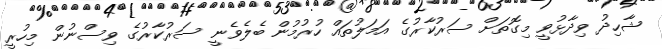
ޝާހިދު ވިދާޅުވީ މިގޮތަށް ސަރުކާރުގެ އަމަލުތައް ހުރުމުން ބެލެވެނީ ސަރުކާރުގެ ވިސްނުން މިހުރީ